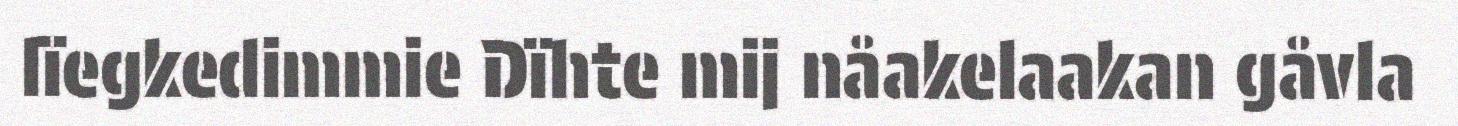
lïegkedimmie Dïhte mij nåakelaakan gåvla